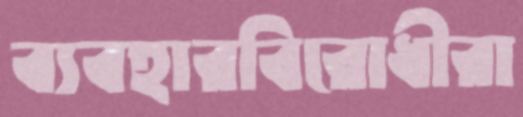
ব্যবহারবিরোধীরা